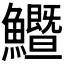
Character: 𩽙